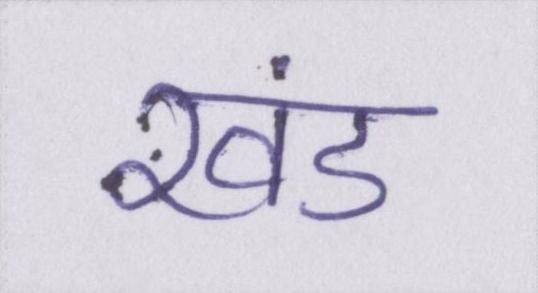
खंड